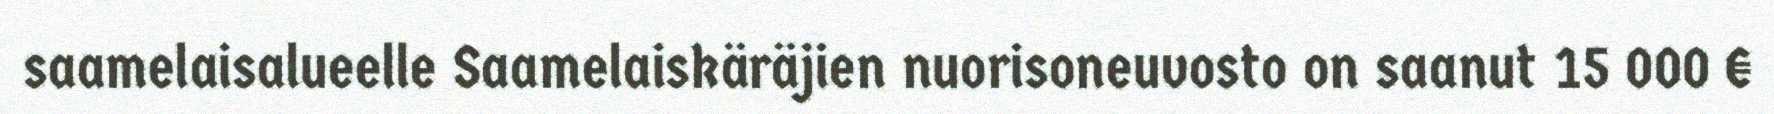
saamelaisalueelle Saamelaiskäräjien nuorisoneuvosto on saanut 15 000 €